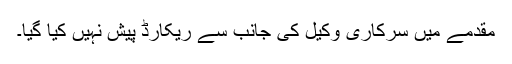
مقدمے میں سرکاری وکیل کی جانب سے ریکارڈ پیش نہیں کیا گیا۔